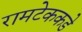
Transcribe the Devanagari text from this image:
रामटेककडे